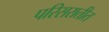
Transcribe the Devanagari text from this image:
परिसरातीत